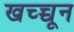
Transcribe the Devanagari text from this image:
खच्च्चून